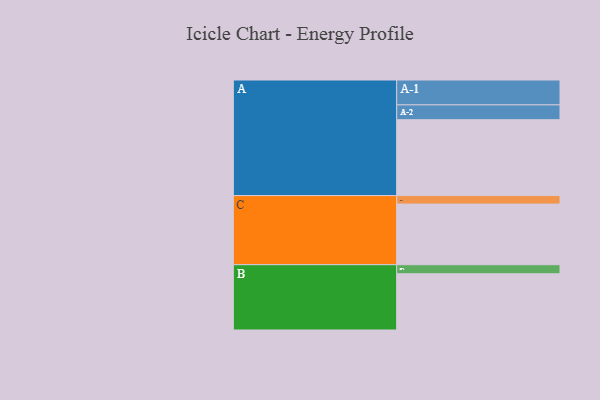
{"axis": {"x": "Segment", "y": "Value"}, "legend": ["", "A", "B", "C"], "data": [{"x": "A", "y": 537, "type": ""}, {"x": "B", "y": 398, "type": ""}, {"x": "C", "y": 429, "type": ""}, {"x": "A-1", "y": 176, "type": "A"}, {"x": "A-2", "y": 105, "type": "A"}, {"x": "B-1", "y": 64, "type": "B"}, {"x": "C-1", "y": 60, "type": "C"}]}